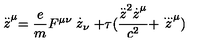
\stackrel { . . } { z } ^ { \mu } = \frac { e } { m } F ^ { \mu \nu } \stackrel { . } { z } _ { \nu } + \tau ( \frac { \stackrel { . . } { z } ^ { 2 } \stackrel { . } { z } ^ { \mu } } { c ^ { 2 } } + \stackrel { . . . } { z } ^ { \mu } )